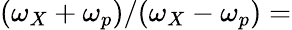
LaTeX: (\omega_{X}+\omega_{p})/(\omega_{X}-\omega_{p})=